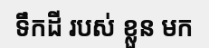
ទឹកដី របស់ ខ្លួន មក